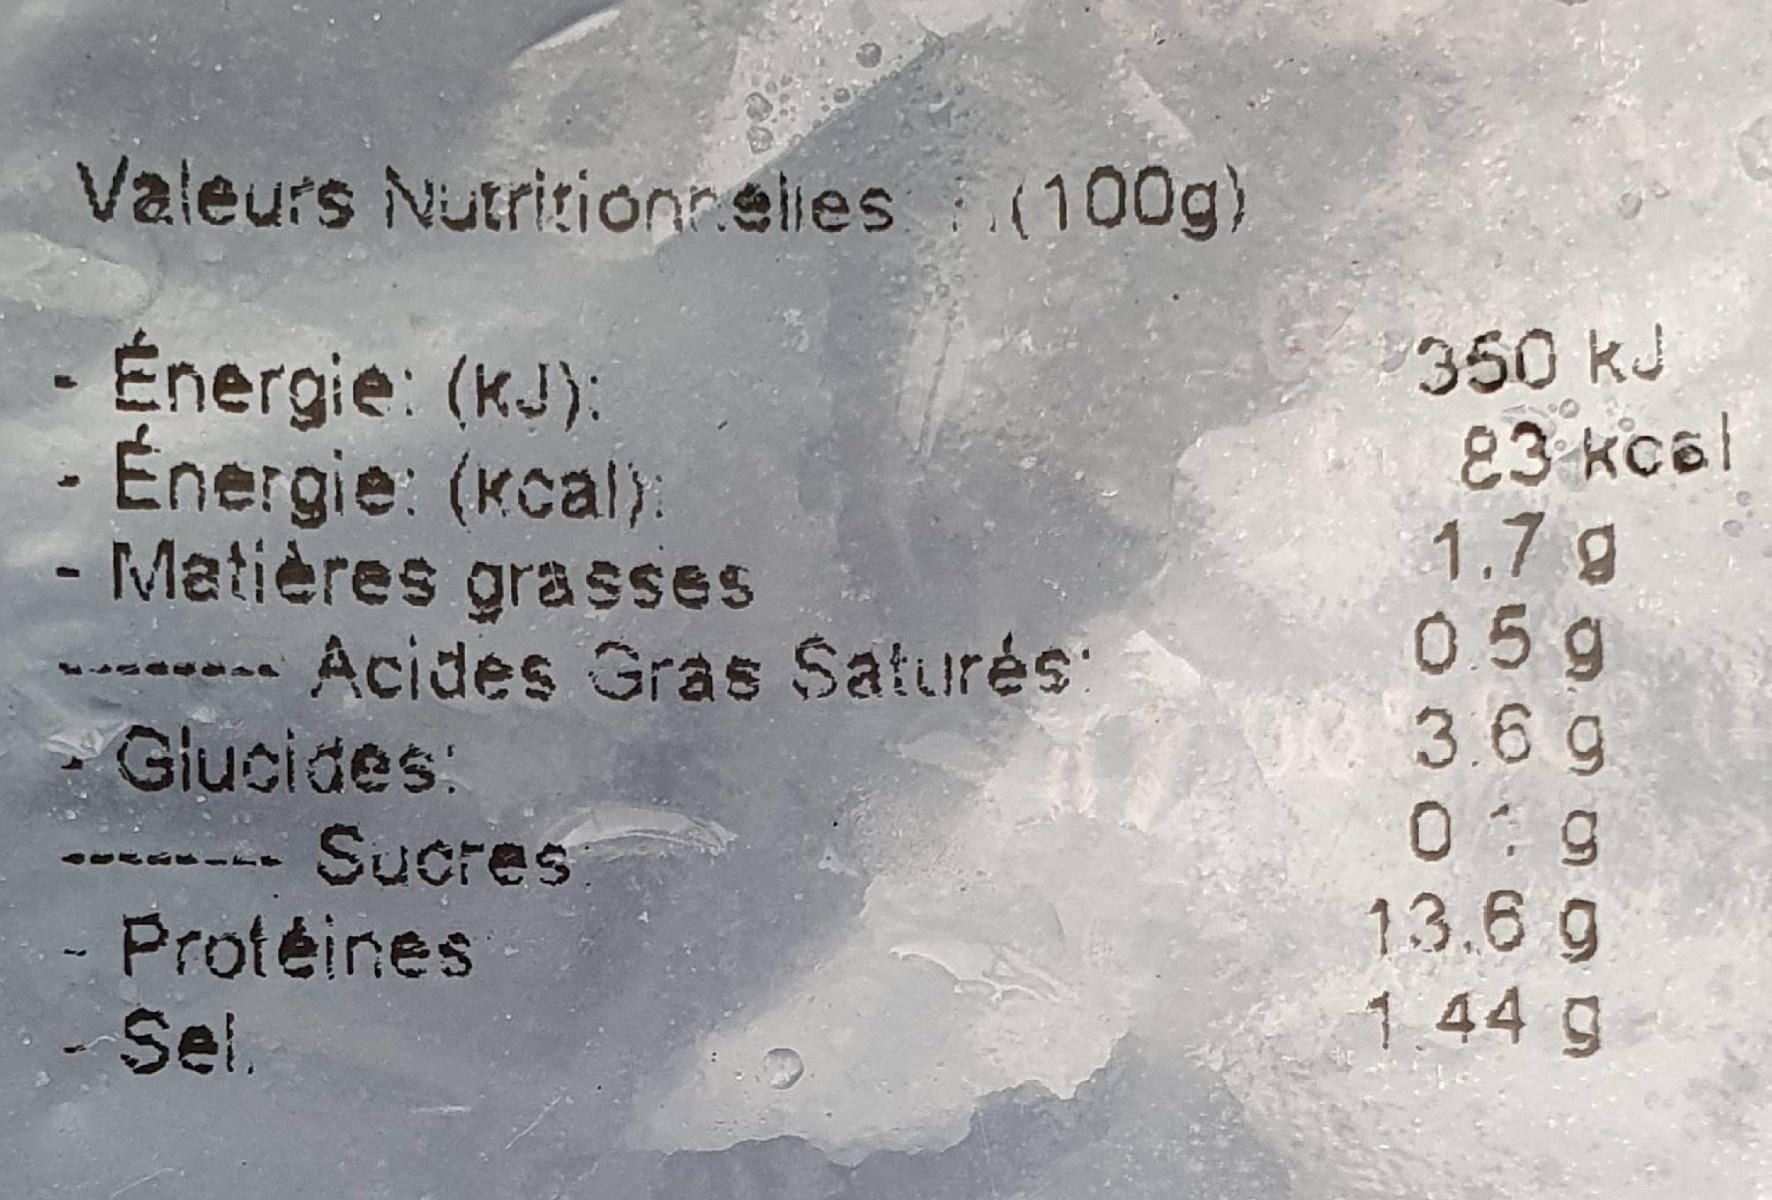
Valeurs Nutritionnelies(100g)
Énergie: (kJ): - Énergie: (Kcal): - Matières grasses --- Acides 3Gras Saturés: Giucides: -- Sucres - Protéines - Sel.
350kJ 83 kcal 1.7 g 05g 3.6g
13.6 g 1.44 g